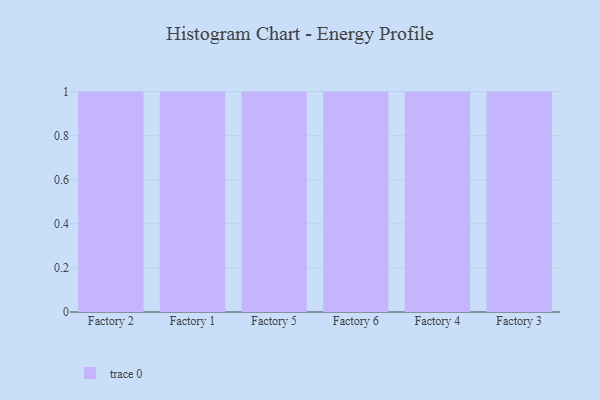
{"axis": {"x": "Factory", "y": "Inventory Turnover"}, "legend": [""], "data": [{"x": "Factory 2", "y": 63, "type": ""}, {"x": "Factory 1", "y": 82, "type": ""}, {"x": "Factory 5", "y": 39, "type": ""}, {"x": "Factory 6", "y": 26, "type": ""}, {"x": "Factory 4", "y": 10, "type": ""}, {"x": "Factory 3", "y": 56, "type": ""}]}